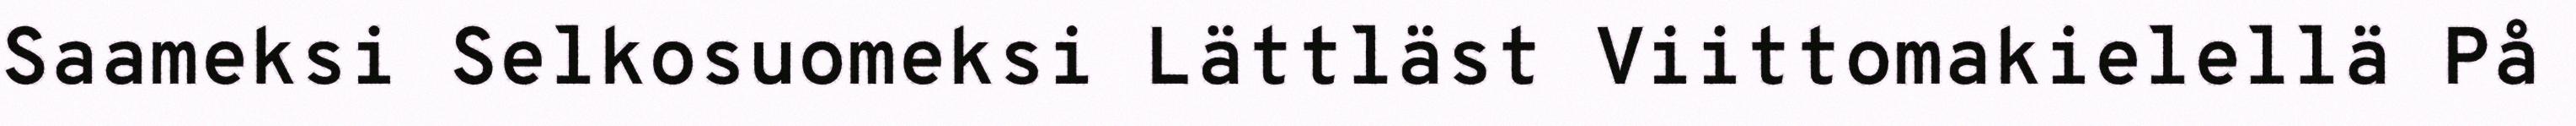
Saameksi Selkosuomeksi Lättläst Viittomakielellä På